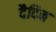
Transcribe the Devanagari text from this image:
दैदिन